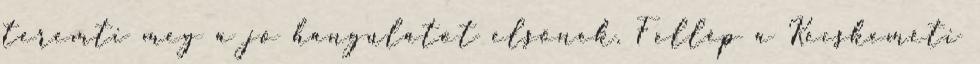
teremti meg a jó hangulatot elsőnek. Fellép a Kecskeméti